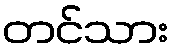
တင်သား